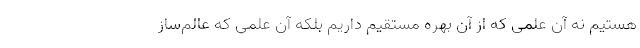
هستیم نه آن علمی که از آن بهره مستقیم داریم بلکه آن علمی که عالم‌ساز